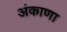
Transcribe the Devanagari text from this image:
अंकाणा